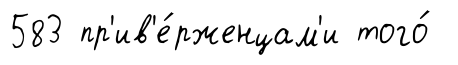
583 пр'ив'е́рженцам'и того́